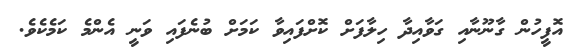
އޮފީހުން ގާނޫނާއި ގަވާއިދާ ހިލާފަށް ކޮށްފައިވާ ކަމަށް ބުނެފައި ވަނީ އެންމެ ކަމެކެވެ.